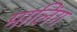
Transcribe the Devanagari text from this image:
मालिंग